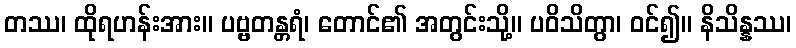
တဿ၊ ထိုရဟန်းအား။ ပဗ္ဗတန္တရံ၊ တောင်၏ အတွင်းသို့။ ပဝိသိတွာ၊ ဝင်၍။ နိသိန္နဿ၊